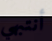
أنتبهي